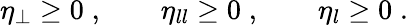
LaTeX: \eta_{\perp}\geq 0\; ,\qquad\eta_{ll}\geq 0\; ,\qquad\eta_{l}\geq 0\; .